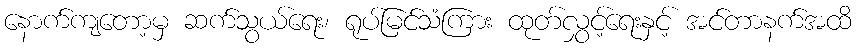
နောက်ကျတော့မှ ဆက်သွယ်ရေး၊ ရုပ်မြင်သံကြား ထုတ်လွှင့်ရေးနှင့် အင်တာနက်အထိ